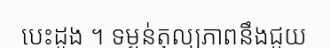
បេះដូង ។ ទម្ងន់តុល្យភាពនឹងជួយ